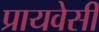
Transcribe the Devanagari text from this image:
प्रायवेसी